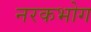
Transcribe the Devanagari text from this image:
नरकभोग